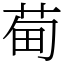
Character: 䓒